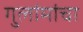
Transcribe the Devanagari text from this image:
गुलांमांचा